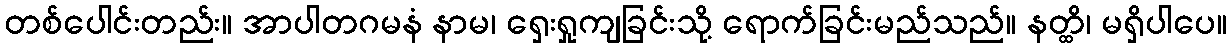
တစ်ပေါင်းတည်း။ အာပါတဂမနံ နာမ၊ ရှေးရှုကျခြင်းသို့ ရောက်ခြင်းမည်သည်။ နတ္ထိ၊ မရှိပါပေ။